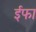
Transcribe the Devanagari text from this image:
ईफा